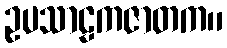
ဥပသာဠကဇာတက။